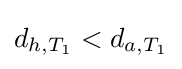
d_{h,T_{1}}<d_{a,T_{1}}